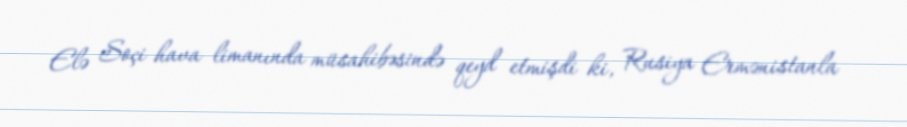
Elə Soçi hava limanında müsahibəsində qeyd etmişdi ki, Rusiya Ermənistanla